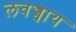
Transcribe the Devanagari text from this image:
लवज्वाय